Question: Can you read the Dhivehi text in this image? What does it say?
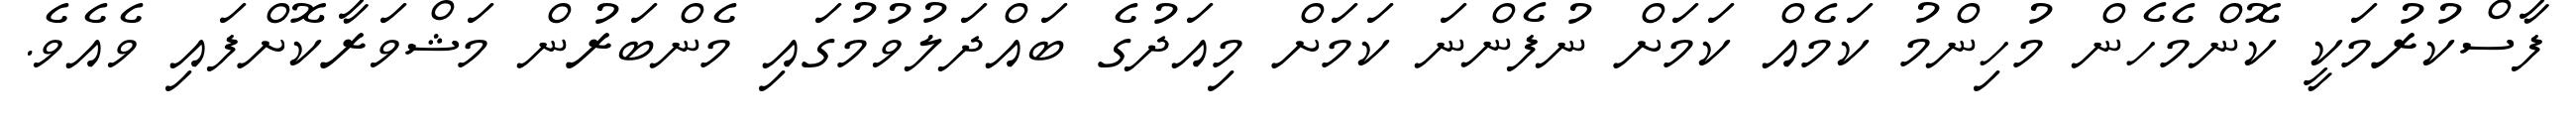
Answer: ފާސްކުރުމަކީ ކޮންމެހެން މުހިންމު ކަމެއް ކަމަށް ނުފެންނަ ކަމަށް މިއަދުގެ ބައްދަލުވުމުގައި މެންބަރުން މަޝްވަރާކޮށްފައި ވެއެވެ.